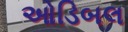
ઓડિબલ